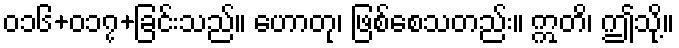
၀၁၆+၀၁၇+ခြင်းသည်။ ဟောတု၊ ဖြစ်စေသတည်း။ ဣတိ၊ ဤသို့။